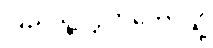
ပြည်သူ့လွှတ်တော်သို့